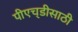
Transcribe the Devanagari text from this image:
पीएच्‌डीसाठी